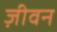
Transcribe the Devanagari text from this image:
ज़ीवन